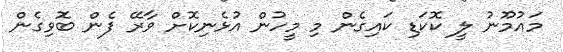
މައުމޫނު ލީ ކޮކަޑި ކައިގެން މި މީހުން އުޅެނިކޮށް ވާރޭ ފެން ބޮވިގެން